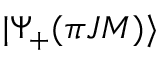
| \Psi _ { + } ( { \pi } J M ) \rangle